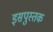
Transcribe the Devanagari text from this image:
इसपुस्तक